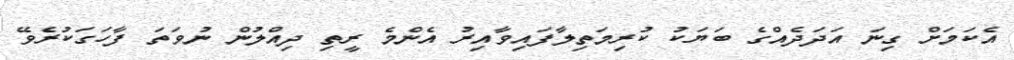
އެކަމަށް ގިނަ އަދަދެއްގެ ބަޔަކު ކުރިމަތިލާފައިވާއިރު އެންމެ ރީތި ދިއްލުން ނުވަތަ ފާހަގަކުރެވޭ